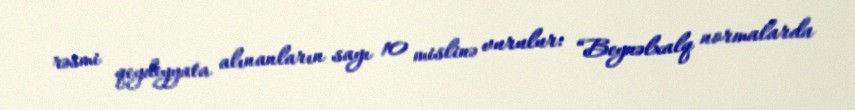
rəsmi qeydiyyata alınanların sayı 10 mislinə vurulur: “Beynəlxalq normalarda